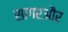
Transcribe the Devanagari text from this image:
सागरऔर